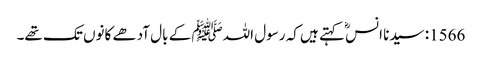
1566: سیدنا انسؓ کہتے ہیں کہ رسول اللہﷺ کے بال آدھے کانوں تک تھے۔